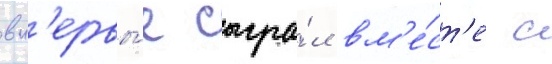
вп'ервы́е сыгра́л вм'е́ст'е с